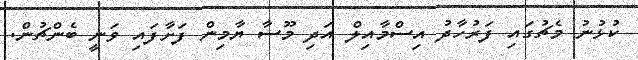
ކުޅުނު މެޗުގައި ފަރުހާދު އިސްމާއިލް އަދި މޫސާ ޔާމިން ފަށާފައި ވަނީ ބެންޗުން.